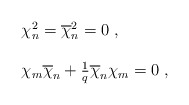
\begin{align*}\begin{array}{l}\chi _n^2=\overline{\chi }_n^2=0 \;,\\\\\chi _m\overline{\chi }_n+{ 1\over q}\overline{\chi }_n\chi _m=0 \;,\end{array}\end{align*}